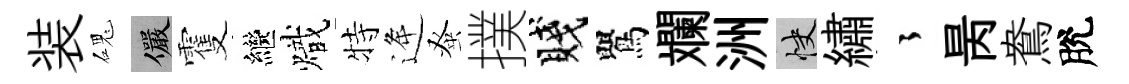
装磈儼䨥繼熾特逄𫊫撲賤鸎斕洲快繡徃昺鴦脫